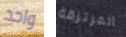
واحد المرتزقة